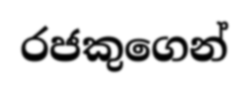
රජකුගෙන්